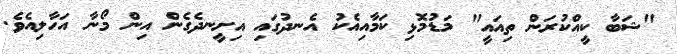
"ޝަބާ ކީއްކުރަން ތިއައީ" މަޑުމޮޅި ކަމާއިއެކު އެނދުގައި އިށީނދެގެން އިން މޯނާ އަހާލިއެވެ.